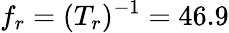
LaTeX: f_{r}=(T_{r})^{-1}=46.9